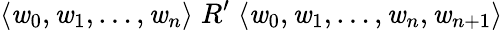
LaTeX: \langle\mathit{w}_{0},\mathit{w}_{1},\dots,\mathit{w}_{n}\rangle\; R^{\prime}\; \langle\mathit{w}_{0},\mathit{w}_{1},\dots,\mathit{w}_{n},\mathit{w}_{n+1}\rangle